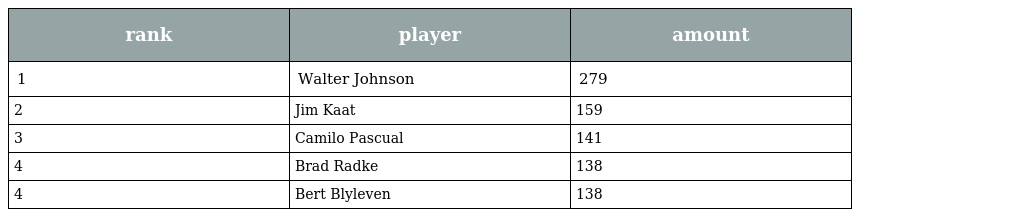
| rank | player | amount |
 | --- | --- | --- |
 | 1 | Walter Johnson | 279 |
 | 2 | Jim Kaat | 159 |
 | 3 | Camilo Pascual | 141 |
 | 4 | Brad Radke | 138 |
 | 4 | Bert Blyleven | 138 |